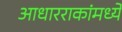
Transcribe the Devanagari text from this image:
आधारराकांमध्ये